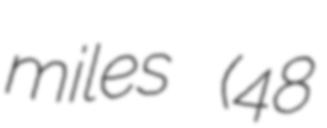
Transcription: miles (48